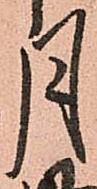
月